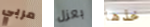
مربي بعزل خذها